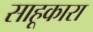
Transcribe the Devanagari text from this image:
साहूकारा